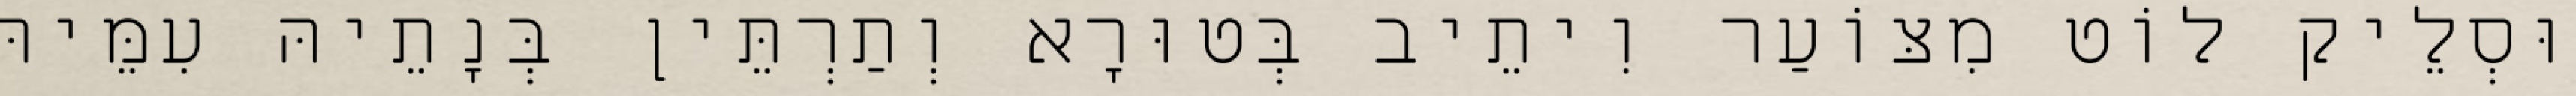
וּסְלֵיק לוֹט מִצּוֹעַר וִיתֵיב בְּטוּרָא וְתַרְתֵּין בְּנָתֵיהּ עִמֵּיהּ